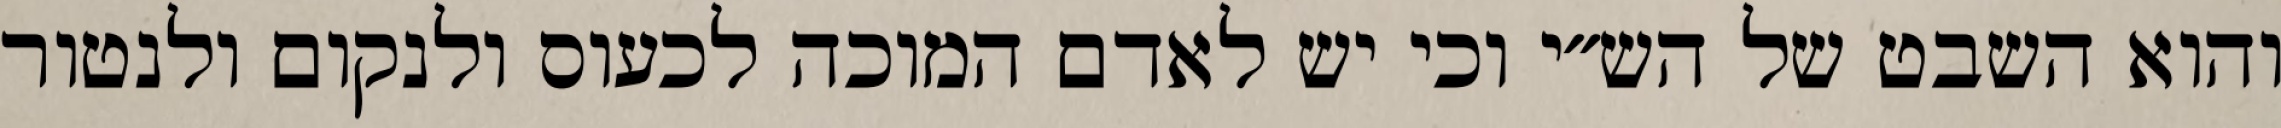
והוא השבט של הש״י וכי יש לאדם המוכה לכעוס ולנקום ולנטור